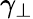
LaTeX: \gamma_{\bot}